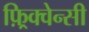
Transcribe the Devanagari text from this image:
फ़्रिक्वेन्सी